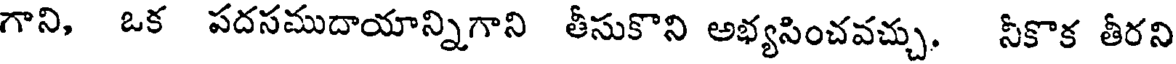
గాని, ఒక పదసముదాయాన్నిగాని తీసుకొని అభ్యసించవచ్చు. నీకొక తీరని